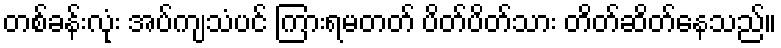
တစ်ခန်းလုံး အပ်ကျသံပင် ကြားရမတတ် ပိတ်ပိတ်သား တိတ်ဆိတ်နေသည်။